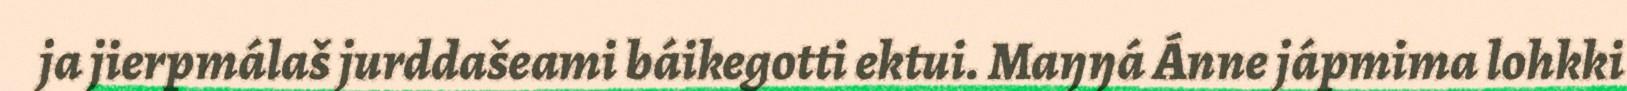
ja jierpmálaš jurddašeami báikegotti ektui. Maŋŋá Ánne jápmima lohkki